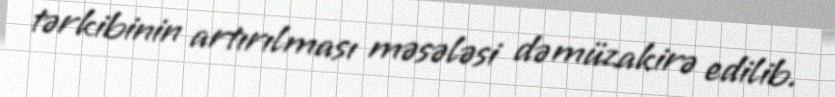
tərkibinin artırılması məsələsi də müzakirə edilib.